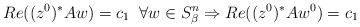
LaTeX: \begin{align*} Re((z^0)^*Aw)=c_1\;\;\forall w\in S^{n}_\beta\Rightarrow Re((z^0)^*Aw^0)=c_1\end{align*}